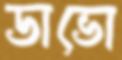
ডাভো